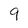
Character: 9